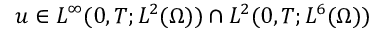
u \in L ^ { \infty } ( 0 , T ; L ^ { 2 } ( \Omega ) ) \cap L ^ { 2 } ( 0 , T ; L ^ { 6 } ( \Omega ) )